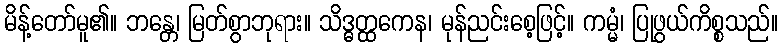
မိန့်တော်မူ၏။ ဘန္တေ၊ မြတ်စွာဘုရား။ သိဒ္ဓတ္ထကေန၊ မုန်ညင်းစေ့ဖြင့်။ ကမ္မံ၊ ပြုဖွယ်ကိစ္စသည်။